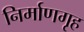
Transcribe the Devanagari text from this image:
निर्माणगृह